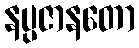
နပ္ပဇာနတော